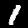
Digit: 1